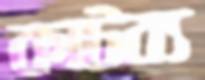
কাটব্য